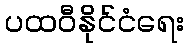
ပထဝီနိုင်ငံရေး